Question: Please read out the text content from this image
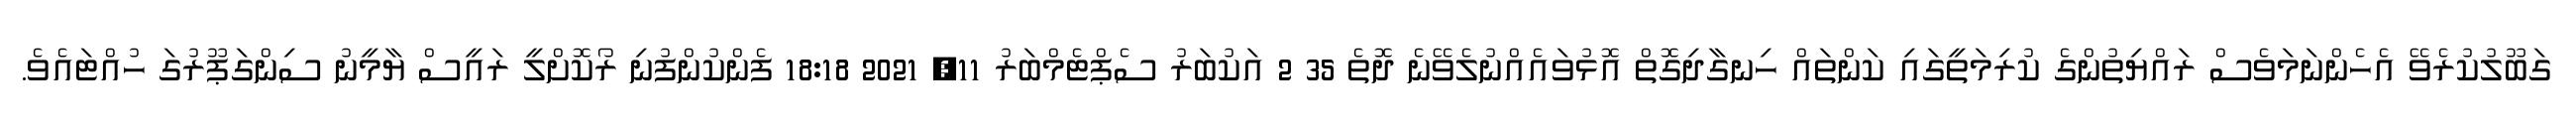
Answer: ގަބޫލުކުރެވޭ އެހެންނަމަވެސް ރައްޔިތުންގެ ކުރިމަތީގައި ކަންތައް ހިނގާދިގޮތް އޮޅުވައެއްނުލެވޭނެ ދޮތެ 35 2 އަކުބަރު ސެޕްޓެމްބަރު 11, 2021 18:18 ފެންކުންފުނި ރޯކޮށްލީ ރައީސް ޔާމީނު ސިންގަޕޫރުގަ ހުއްޓައެވެ.